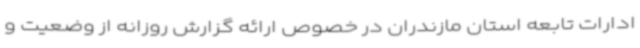
ادارات تابعه استان مازندران در خصوص ارائه گزارش روزانه از وضعیت و